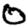
Digit: 0